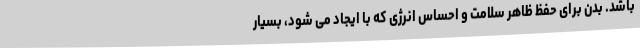
باشد. بدن برای حفظ ظاهر سلامت و احساس انرژی که با ایجاد می شود، بسیار